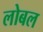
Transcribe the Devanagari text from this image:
लोबल